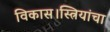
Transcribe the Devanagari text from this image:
विकास।स्त्रियांचा